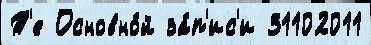
Т'е Основно́й за́п'ис'и 31102011